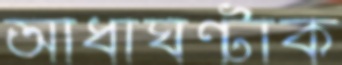
আধাঘন্টাক